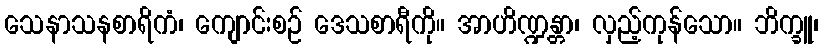
သေနာသနစာရိကံ၊ ကျောင်းစဉ် ဒေသစာရီကို။ အာဟိဏ္ဍန္တာ၊ လှည့်ကုန်သော။ ဘိက္ခူ၊